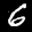
Label: 6